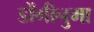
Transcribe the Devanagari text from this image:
डोंगीनुमा